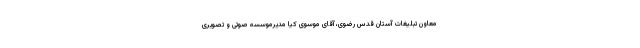
معاون تبلیغات آستان قدس رضوی، آقای موسوی کیا مدیرموسسه صوتی و تصویری